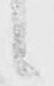
候